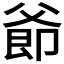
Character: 𪺜